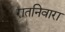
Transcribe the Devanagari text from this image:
रातनिवारा